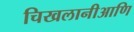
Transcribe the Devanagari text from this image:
चिखलानीआणि